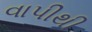
વાપીથી